Report of the Imperial Institute of Veterinary Research, Muktesar
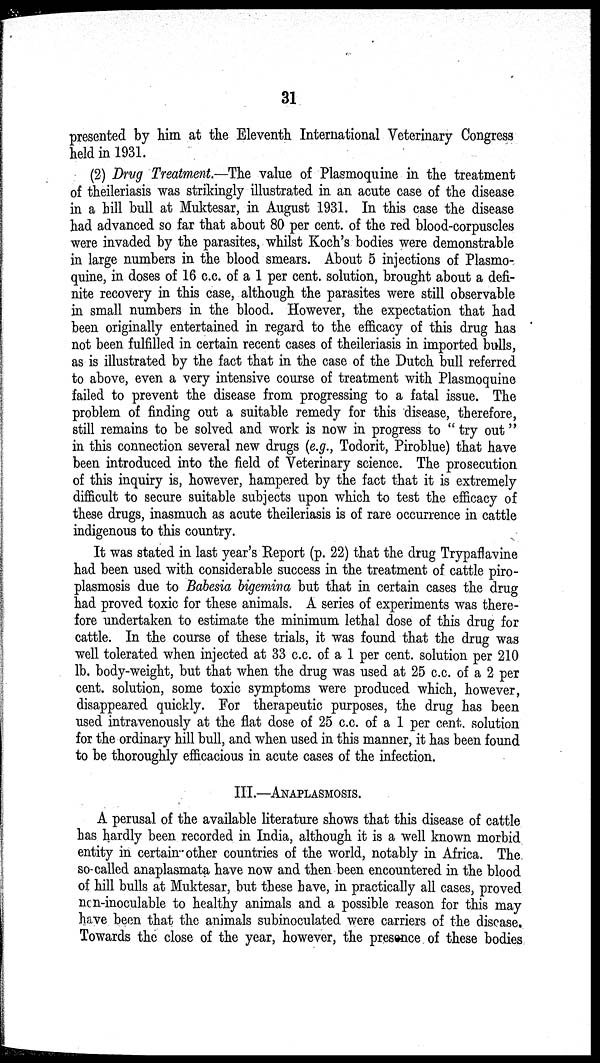
31
presented by him at the Eleventh International Veterinary Congress
held in 1931.
(2) Drug Treatment.—The value of Plasmoquine in the treatment
of theileriasis was strikingly illustrated in an acute case of the disease
in a hill bull at Muktesar, in August 1931. In this case the disease
had advanced so far that about 80 per cent. of the red blood-corpuscles
were invaded by the parasites, whilst Koch's bodies were demonstrable
in large numbers in the blood smears. About 5 injections of Plasmo-
quine, in doses of 16 c.c. of a 1 per cent. solution, brought about a defi-
nite recovery in this case, although the parasites were still observable
in small numbers in the blood. However, the expectation that had
been originally entertained in regard to the efficacy of this drug has
not been fulfilled in certain recent cases of theileriasis in imported bulls,
as is illustrated by the fact that in the case of the Dutch bull referred
to above, even a very intensive course of treatment with Plasmoquine
failed to prevent the disease from progressing to a fatal issue. The
problem of finding out a suitable remedy for this disease, therefore,
still remains to be solved and work is now in progress to " try out "
in this connection several new drugs (e.g., Todorit, Piroblue) that have
been introduced into the field of Veterinary science. The prosecution
of this inquiry is, however, hampered by the fact that it is extremely
difficult to secure suitable subjects upon which to test the efficacy of
these drugs, inasmuch as acute theileriasis is of rare occurrence in cattle
indigenous to this country.
It was stated in last year's Report (p. 22) that the drug Trypaflavine
had been used with considerable success in the treatment of cattle piro-
plasmosis due to Babesia bigemina but that in certain cases the drug
had proved toxic for these animals. A series of experiments was there-
fore undertaken to estimate the minimum lethal dose of this drug for
cattle. In the course of these trials, it was found that the drug was
well tolerated when injected at 33 c.c. of a 1 per cent. solution per 210
lb. body-weight, but that when the drug was used at 25 c.c. of a 2 per
cent. solution, some toxic symptoms were produced which, however,
disappeared quickly. For therapeutic purposes, the drug has been
used intravenously at the flat dose of 25 c.c. of a 1 per cent. solution
for the ordinary hill bull, and when used in this manner, it has been found
to be thoroughly efficacious in acute cases of the infection.
III.—ANAPLASMOSIS.
A perusal of the available literature shows that this disease of cattle
has hardly been recorded in India, although it is a well known morbid
entity in certain other countries of the world, notably in Africa. The
so-called anaplasmata have now and then been encountered in the blood
of hill bulls at Muktesar, but these have, in practically all cases, proved
non-inoculable to healthy animals and a possible reason for this may
have been that the animals subinoculated were carriers of the disease.
Towards the close of the year, however, the presence of these bodies